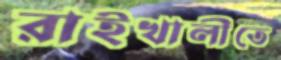
রাইখালীতে